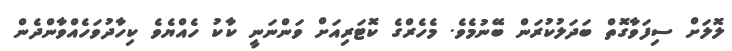
ލޮލަށް ސިފަވާގޮތް ބަދަލުކުރަން ބޭނުމެވެ. މެހެރްގެ ކޮޓަރިއަށް ވަންނަނީ ކާކު ހެއްޔެވެ ކިހާދުވަހެއްވާންދެން